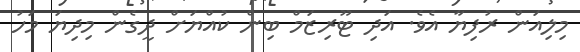
މިލިއަން ރުފިޔާ އެވެ. އަދި ޓޫރިޒަމް ބިން ކުއްޔަށް ދީގެން މިދިޔަ މަހު